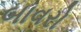
બાવરો